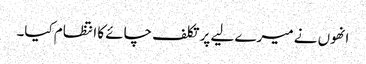
انھوں نے میرے لیے پر تکلف چائے کا انتظام کیا۔